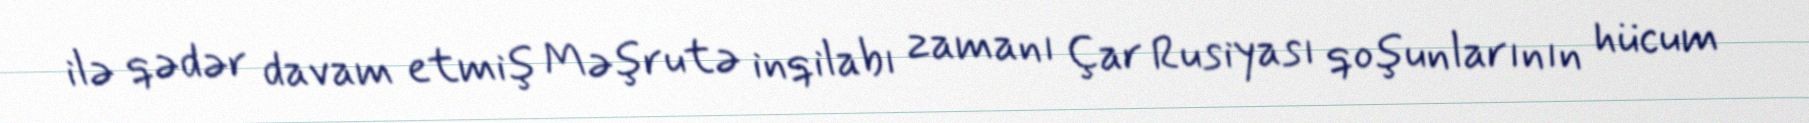
ilə qədər davam etmiş Məşrutə inqilabı zamanı Çar Rusiyası qoşunlarının hücum